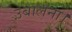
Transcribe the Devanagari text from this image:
उबालना।